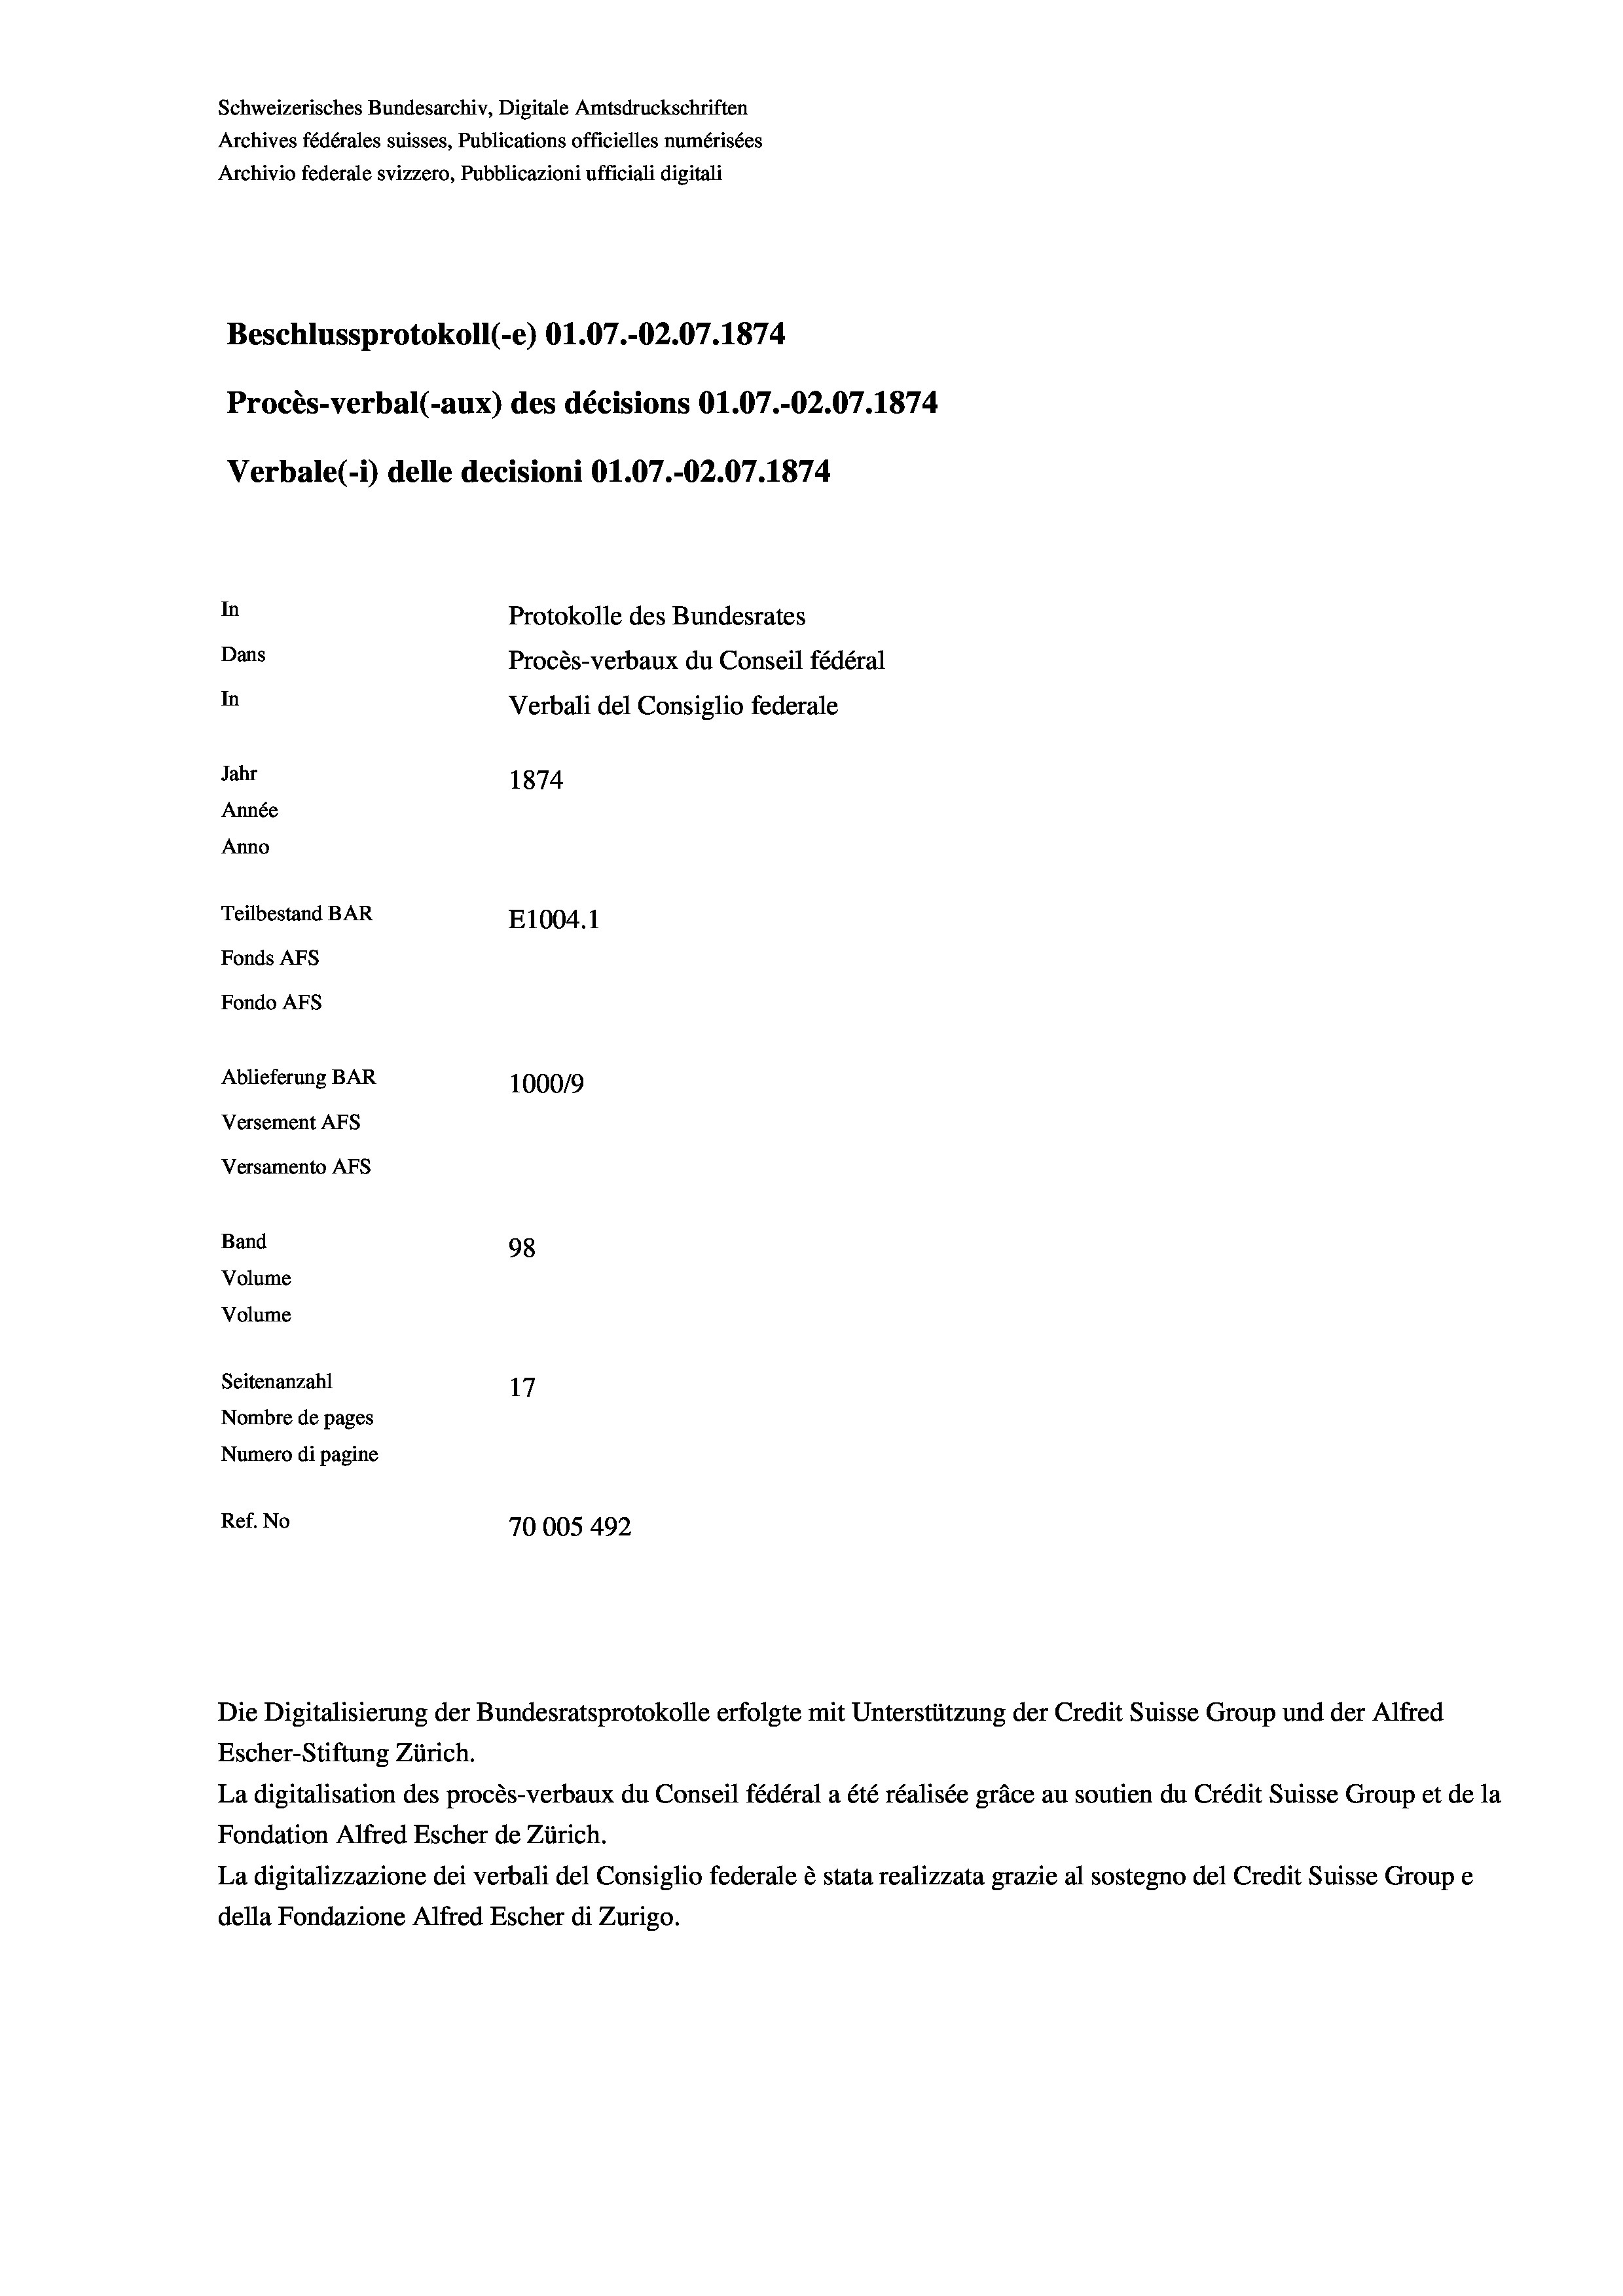
Schweizerisches Bundesarchiv, Digitale Amtsdruckschriften
Archives fédérales suisses, Publications officielles numérisées
Archivio federale svizzero, Pubblicazioni ufficiali digitali
Beschlussprotokoll (-e) O1.07.-O2.07. 1874
Procès-verbal (-aux) des décisions O1.07.-O2.07.1874.
Verbale (- 1) delle decisioni Ol.07.-O2.07. 1874
In
Protokolle des Bundesrates
Dans
Procès-verbaux du Conseil fédéral
In
Verbali del Consiglio federale
Jahr
1874
Année
Anno
Teilbestand BAR
E1004. 1
Fonds AFs
Fondo Afs
Ablieferung BAR
100019
Versement AFs
Versamento AFs
Band
98
Volume
Volume
Seitenanzahl
Nombre de pages
Numero di pagine
Ref. No
70005 492

Die Digitalisierung der Bundesratsprotokolle erfolgte mit Unterstützung der Credit Suisse Group und der Alfred
Escher-Stiftung Zürich.
La digitalisation des procès-verbaux du Conseil fédéral a été réalisée gräce au soutien du Crédit Suisse Group et de la
Fondation Alfred Escher de Zürich.
La digitalizzazione dei verbali del Consiglio federale è stata realizzata grazie al sostegno del Credit Suisse Groupe
della Fondazione Alfred Escher di Zurigo.